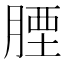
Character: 𦝪